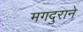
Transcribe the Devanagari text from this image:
मगदुराने